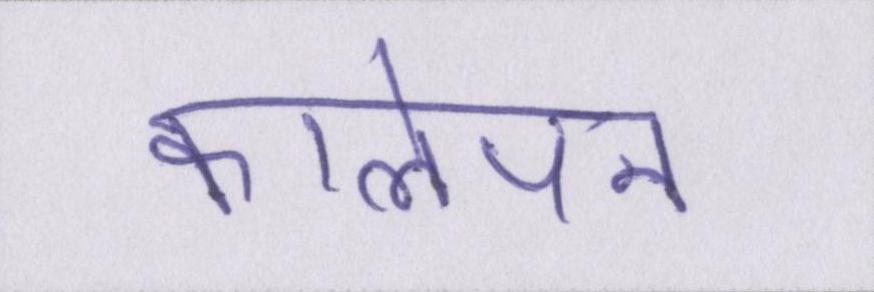
कालेपन